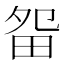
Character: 㽜